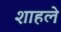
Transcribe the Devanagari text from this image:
शाहले